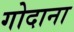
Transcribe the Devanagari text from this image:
गोदाना